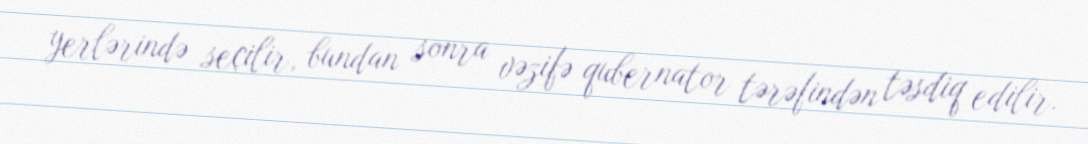
yerlərində seçilir, bundan sonra vəzifə qubernator tərəfindən təsdiq edilir.